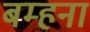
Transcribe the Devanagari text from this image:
बम्‍हना